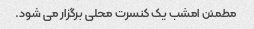
مطمئن امشب یک کنسرت محلی برگزار می شود.